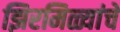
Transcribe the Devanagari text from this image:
झिरमिळ्यांचे